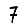
Digit: 7